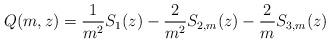
LaTeX: \begin{align*}Q(m,z) = \frac{1}{m^2} S_1(z) - \frac{2}{m^2} S_{2,m}(z) - \frac{2}{m} S_{3,m}(z)\end{align*}